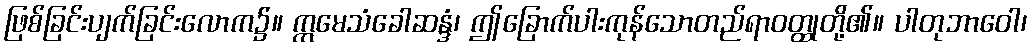
ဖြစ်ခြင်းပျက်ခြင်းလောက၌။ ဣမေသံခေါဆန္ဒံ၊ ဤခြောက်ပါးကုန်သောတည်ရာဝတ္ထုတို့၏။ ပါတုဘာဝေါ၊